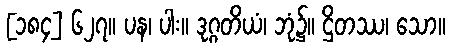
[၁၈၄] ၆၂၇။ ပန၊ ပါး။ ဒုဂ္ဂတိယံ၊ ဘုံ၌။ ဌိတဿ၊ သော။